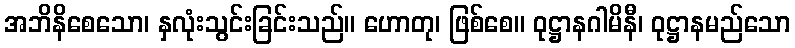
အဘိနိစေသော၊ နှလုံးသွင်းခြင်းသည်။ ဟောတု၊ ဖြစ်စေ။ ဝုဋ္ဌာနဂါမိနီ၊ ဝုဋ္ဌာနမည်သော